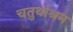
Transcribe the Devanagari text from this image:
चतुर्थाश्रम